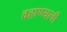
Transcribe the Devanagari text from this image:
वहाण्याची